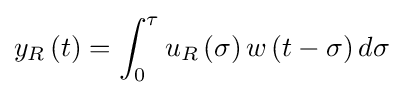
y_{R}\left(t\right)=\int _{0}^{\tau }u_{R}\left(\sigma \right)w\left(t-\sigma \right)d\sigma